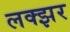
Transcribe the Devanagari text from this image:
लक्झर